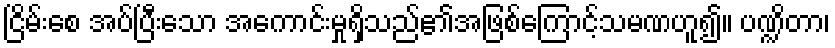
ငြိမ်းစေ အပ်ပြီးသော အကောင်းမှုရှိသည်၏အဖြစ်ကြောင့်သမဏဟူ၍။ ပဏ္ဍိတာ၊